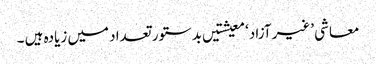
معاشی ’غیر آزاد‘ معیشتیں بدستور تعداد میں زیادہ ہیں ۔